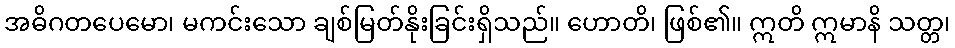
အဓိဂတပေမော၊ မကင်းသော ချစ်မြတ်နိုးခြင်းရှိသည်။ ဟောတိ၊ ဖြစ်၏။ ဣတိ ဣမာနိ သတ္တ၊